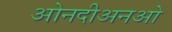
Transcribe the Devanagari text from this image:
ओनदीअनओ